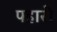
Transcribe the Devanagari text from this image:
पहारो